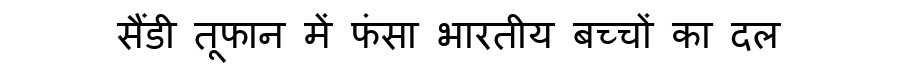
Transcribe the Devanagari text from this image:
सैंडी तूफान में फंसा भारतीय बच्चों का दल